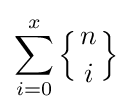
\sum _{i=0}^{x}\left\{{n \atop i}\right\}